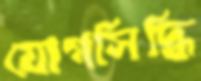
যোগসিদ্ধি